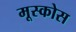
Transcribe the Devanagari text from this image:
मूस्कोस